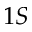
1 S